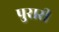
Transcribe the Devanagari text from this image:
पुरारी